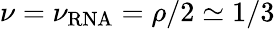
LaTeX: \nu=\nu_{\mathrm{RNA}}=\rho/2\simeq 1/3